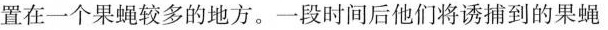
置在一个果蝇较多的地方。一段时间后他们将诱捕到的果蝇